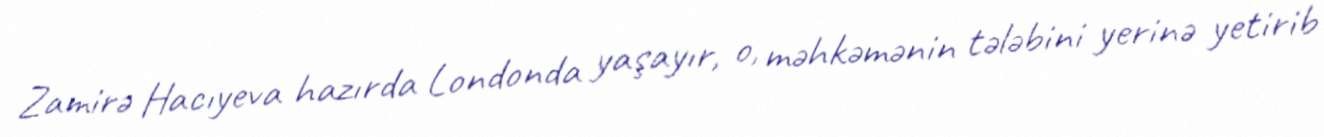
Zamirə Hacıyeva hazırda Londonda yaşayır, o, məhkəmənin tələbini yerinə yetirib